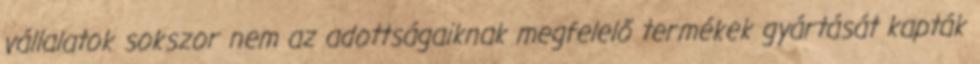
vállalatok sokszor nem az adottságaiknak megfelelő termékek gyártását kapták